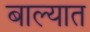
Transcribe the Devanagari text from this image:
बाल्यात